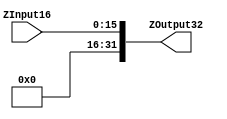
// Extension Modules


// Verilog code for Zero Extension module.
`timescale 1 ps/ 100 fs
module ZeroExtension(ZOutput32, ZInput16);

	output[31:0] ZOutput32;
	input[15:0] ZInput16;
	
	assign ZOutput32 = {{16{1'b0}}, ZInput16};

endmodule


// Verilog code for Sign Extension module.
module SignExtension(SOutput32, SInput16);

	output[31:0] SOutput32;
	input[15:0] SInput16;
	
	assign SOutput32 = {{16{SInput16[15]}}, SInput16};

endmodule


// Verilog code for Shift Left by 2 module.
module ShiftLeft2(Output32, Input32);

	output[31:0] Output32;
	input[31:0] Input32;

	assign Output32 = {Input32[29:0], 2'b00};

endmodule